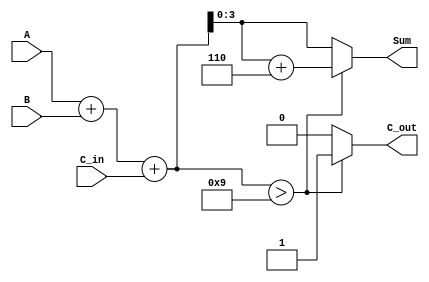
module BCD_Parallel_Adder (
    input  wire [3:0] A,      // BCD digit input A
    input  wire [3:0] B,      // BCD digit input B
    input  wire C_in,         // Carry input
    output reg  [3:0] Sum,    // BCD result output
    output reg  C_out         // Carry output
);

    wire [4:0] S;             // 5-bit sum to accommodate carry
    wire [4:0] corrected_sum; // Corrected sum after BCD adjustment

    // Step 1: Binary addition of A, B, and C_in
    assign S = A + B + C_in;

    // Step 2: BCD correction logic
    always @(*) begin
        if (S > 5'd9) begin
            // If sum exceeds 9, add 6 for BCD correction
            Sum = S + 5'd6;
            C_out = 1'b1; // Set carry out
        end else begin
            // If sum is valid BCD
            Sum = S[3:0]; // Take the lower 4 bits
            C_out = 1'b0; // No carry out
        end
    end

endmodule